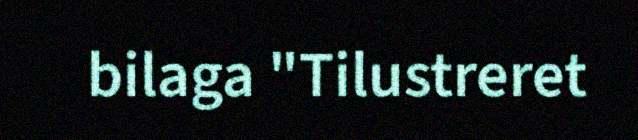
bilaga "Tilustreret